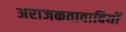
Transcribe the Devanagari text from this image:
अराजकतावादियों